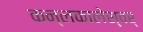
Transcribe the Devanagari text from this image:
कन्लकालेस्वर्